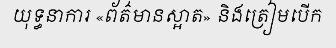
យុទ្ធនាការ «ព័ត៌មានស្អាត» និងត្រៀមបើក